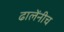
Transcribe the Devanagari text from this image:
ढालेंनीच